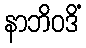
နာဘိဝဒိံ